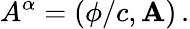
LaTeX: A^{\alpha}=\left(\phi/c,\mathbf{A}\right)\, .